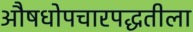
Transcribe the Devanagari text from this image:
औषधोपचारपद्धतीला